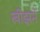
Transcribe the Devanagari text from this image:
खीझने